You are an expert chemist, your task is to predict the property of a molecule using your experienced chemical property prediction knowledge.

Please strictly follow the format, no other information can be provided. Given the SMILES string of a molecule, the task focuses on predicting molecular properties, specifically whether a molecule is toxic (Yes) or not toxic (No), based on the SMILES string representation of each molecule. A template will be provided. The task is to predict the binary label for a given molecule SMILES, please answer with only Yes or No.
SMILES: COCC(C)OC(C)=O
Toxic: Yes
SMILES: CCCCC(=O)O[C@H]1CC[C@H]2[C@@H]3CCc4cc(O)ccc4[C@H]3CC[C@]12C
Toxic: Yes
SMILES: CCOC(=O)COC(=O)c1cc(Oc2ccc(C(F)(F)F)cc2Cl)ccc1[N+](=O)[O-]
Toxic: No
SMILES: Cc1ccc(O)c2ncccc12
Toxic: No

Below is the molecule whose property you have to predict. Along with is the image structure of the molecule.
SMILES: NC(=O)c1ccc([N+](=O)[O-])cc1Cl
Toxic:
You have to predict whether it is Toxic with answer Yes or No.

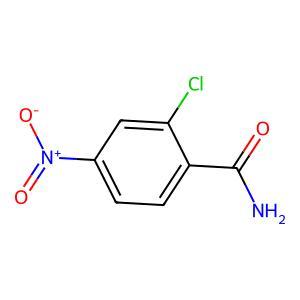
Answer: No